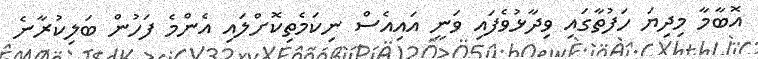
އޮބާމާ މިދިޔަ ހަފުތާގައި ވިދާޅުވެފައި ވަނީ އައިއެސް ނިކަމެތިކޮށްލައި އެންމެ ފަހުން ބަލިކުރާނެ